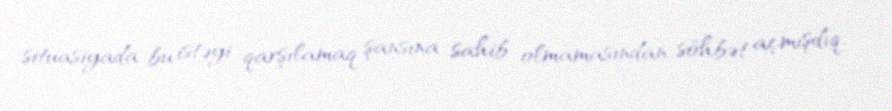
situasiyada bu istəyi qarşılamaq şansına sahib olmamasından söhbət açmışdıq.